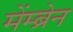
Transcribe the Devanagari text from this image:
मेंम्ब्रेन